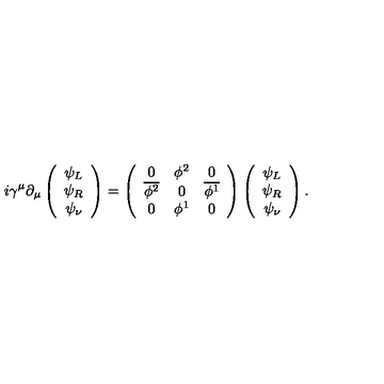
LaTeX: i \gamma ^ { \mu } \partial _ { \mu } \left( \begin{array} { c } { \psi _ { L } } \\ { \psi _ { R } } \\ { \psi _ { \nu } } \\ \end{array} \right) = \left( \begin{array} { c c c } { 0 } & { \phi ^ { 2 } } & { 0 } \\ { \overline { { \phi ^ { 2 } } } } & { 0 } & { \overline { { \phi ^ { 1 } } } } \\ { 0 } & { \phi ^ { 1 } } & { 0 } \\ \end{array} \right) \left( \begin{array} { c } { \psi _ { L } } \\ { \psi _ { R } } \\ { \psi _ { \nu } } \\ \end{array} \right) .